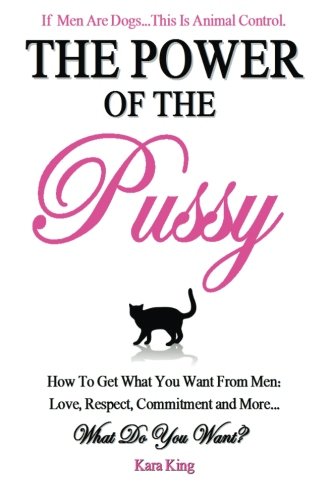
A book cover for The Power of the Pussy: Get What You Want From Men: Love, Respect, Commitment and More!; Kara King; Parenting & Relationships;